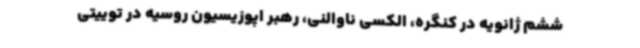
ششم ژانویه در کنگره، الکسی ناوالنی، رهبر اپوزیسیون روسیه در توییتی